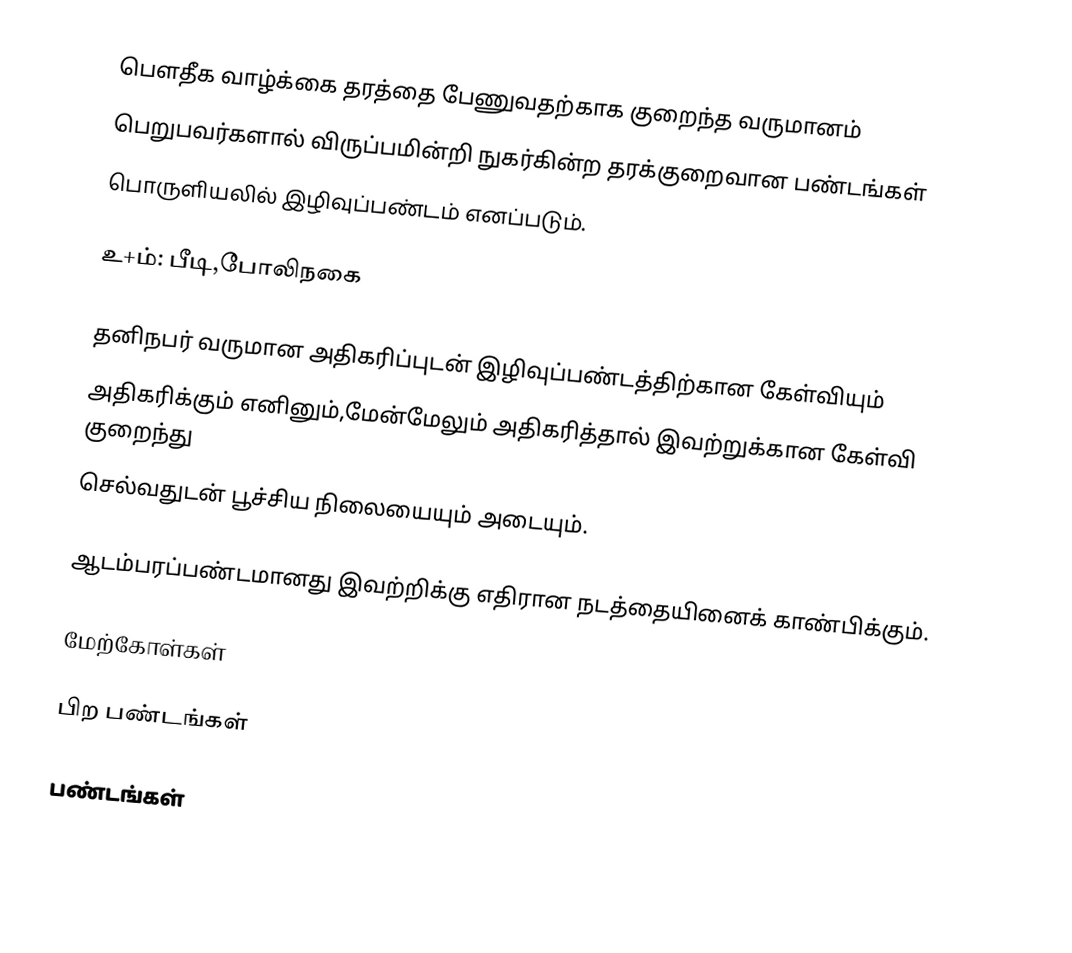
பௌதீக வாழ்க்கை தரத்தை பேணுவதற்காக குறைந்த வருமானம்
பெறுபவர்களால் விருப்பமின்றி நுகர்கின்ற தரக்குறைவான பண்டங்கள்
பொருளியலில் இழிவுப்பண்டம் எனப்படும்.

உ+ம்: பீடி,போலிநகை

தனிநபர் வருமான அதிகரிப்புடன் இழிவுப்பண்டத்திற்கான கேள்வியும்
அதிகரிக்கும் எனினும்,மேன்மேலும் அதிகரித்தால் இவற்றுக்கான கேள்வி குறைந்து
செல்வதுடன் பூச்சிய நிலையையும் அடையும்.

ஆடம்பரப்பண்டமானது இவற்றிக்கு எதிரான நடத்தையினைக் காண்பிக்கும்.

மேற்கோள்கள்

பிற பண்டங்கள்

பண்டங்கள்